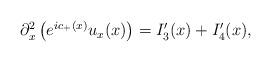
LaTeX: \begin{align*}\begin{aligned}\partial_x^2\left( e^{ic_+(x)}u_x(x) \right) & =I_3'(x)+I_4'(x),\end{aligned}\end{align*}